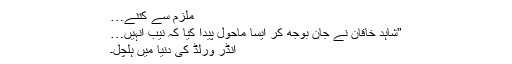
ملزم سے کتنے…
”شاہد خاقان نے جان بوجھ کر ایسا ماحول پیدا کیا کہ نیب انہیں…
انڈر ورلڈ کی دنیا میں ہلچل۔